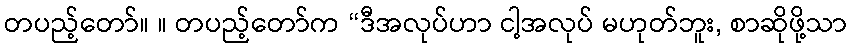
တပည့်တော်။ ။ တပည့်တော်က “ဒီအလုပ်ဟာ ငါ့အလုပ် မဟုတ်ဘူး, စာဆိုဖို့သာ